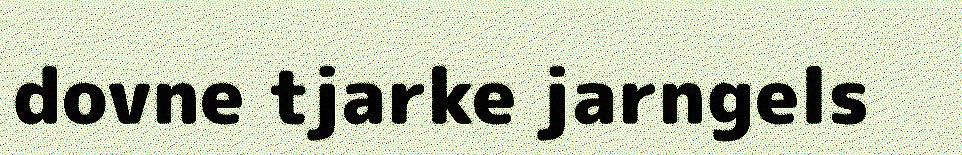
dovne tjarke jarngels